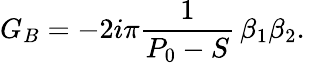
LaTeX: G_{B}=-2i\pi{\frac{1}{P_{0}-S}}\, \beta_{1}\beta_{2}.\,